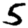
Digit: 5